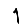
Digit: 1